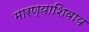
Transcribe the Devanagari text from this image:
मारण्याशिवाय